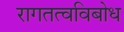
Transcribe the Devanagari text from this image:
रागतत्वविबोध